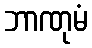
ဘာဏုမံ